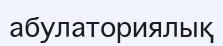
абулаториялық